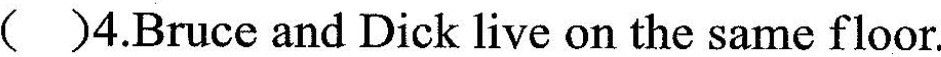
( )4.Bruce and Dick live on the same floor.